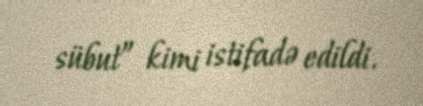
sübut” kimi istifadə edildi.